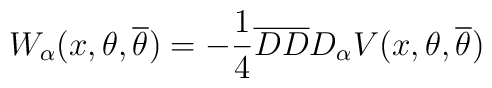
W_{\alpha}(x,\theta,{\overline \theta}) = -\frac{1}{4}{\overline D}	{\overline D} D_{\alpha} V(x,\theta,{\overline \theta})